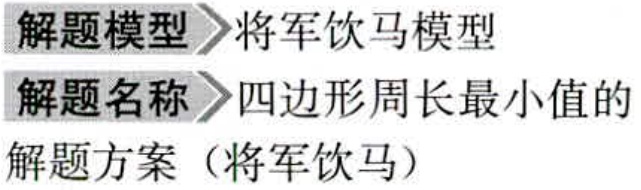
解题模型\(>\)将军饮马模型

解题名称\(>\)四边形周长最小值的

解题方案（将军饮马）